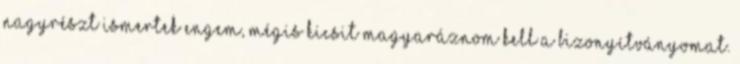
nagyrészt ismertek engem, mégis kicsit magyaráznom kell a bizonyítványomat.